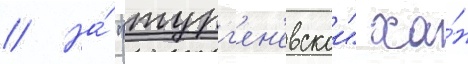
// На́ "тург'ен'евскои" ха́н